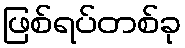
ဖြစ်ရပ်တစ်ခု